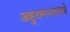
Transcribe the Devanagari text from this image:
अहुरामज्दाको